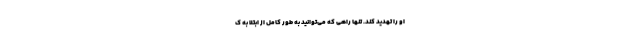
او را تهدید کند. تنها راهی که می‌توانید به طور کامل از ابتلا به ک